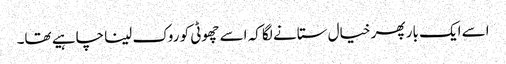
اسے ایک بار پھر خیال ستانے لگا کہ اسے چھوٹی کو روک لینا چاہیے تھا۔